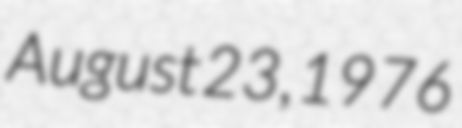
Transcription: August 23, 1976